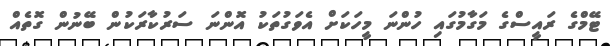
ޓޭމްގެ ރައީސްގެ މަގާމުގައި ހުންނަ މީހަކަށް އެވަގުތަކު އޮންނަ ސަރުކާރަކުން ބޭނުން ގޮތެއް